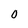
Character: O